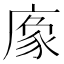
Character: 𢊔